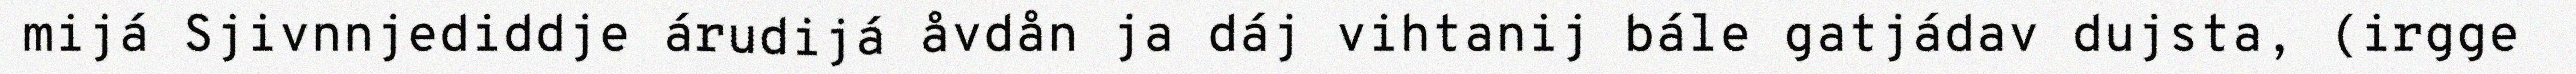
mijá Sjivnnjediddje árudijá åvdån ja dáj vihtanij bále gatjádav dujsta, (irgge